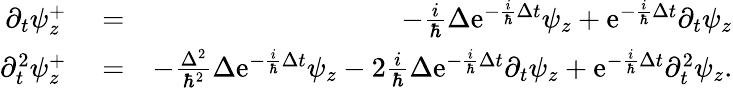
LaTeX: \begin{array}{rlr}{\partial_{t}\psi_{z}^{+}}&{{}=}&{-\frac{i}{\hbar}\Delta\mathrm{e}^{-\frac{i}{\hbar}\Delta t}\psi_{z}+\mathrm{e}^{-\frac{i}{\hbar}\Delta t}\partial_{t}\psi_{z}}\\ {\partial_{t}^{2}\psi_{z}^{+}}&{{}=}&{-\frac{\Delta^{2}}{\hbar^{2}}\Delta\mathrm{e}^{-\frac{i}{\hbar}\Delta t}\psi_{z}-2\frac{i}{\hbar}\Delta\mathrm{e}^{-\frac{i}{\hbar}\Delta t}\partial_{t}\psi_{z}+\mathrm{e}^{-\frac{i}{\hbar}\Delta t}\partial_{t}^{2}\psi_{z}.}\end{array}